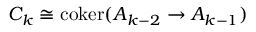
C _ { k } \cong \operatorname { c o k e r } ( A _ { k - 2 } \to A _ { k - 1 } )